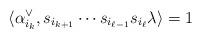
LaTeX: \begin{align*} \langle \alpha_{i_k}^\vee , s_{i_{k+1}}\cdots s_{i_{\ell -1}} s_{i_\ell}\lambda \rangle =1 \end{align*}